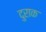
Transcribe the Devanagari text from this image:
दुराक